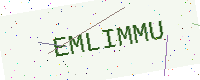
Text: EMLIMMU